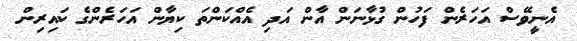
އެނީވޭސް އަހަރެން ފަހުން ގުޅާނަން އާން އަދި އެއްކަންތަ ކިޔާން އަހަރެންގެ ކައިރިން